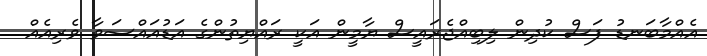
އެއްމާބަނޑު ފަސް ކުދިން ލިބިއްޖެރައީސް ޔާމީން އަކީ ރައްޔިތުންގެ އަޑުއައްސަވާ ވެރިއެއް